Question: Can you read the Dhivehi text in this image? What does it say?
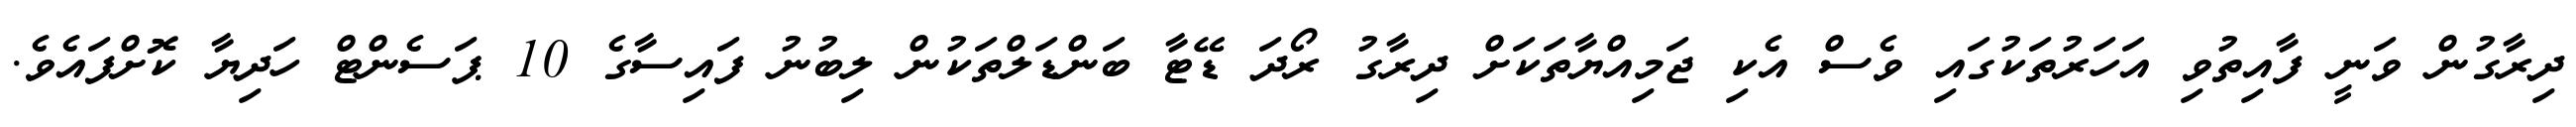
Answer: ދިރާގުން ވަނީ ފާއިތުވި އަހަރުތަކުގައި ވެސް އެކި ޖަމިއްޔާތަކަށް ދިރާގު ރޯދަ ޑޭޓާ ބަންޑަލްތަކުން ލިބުނު ފައިސާގެ 10 ޕަސެންޓް ހަދިޔާ ކޮށްފައެވެ.